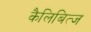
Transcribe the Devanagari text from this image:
कैलिबित्ज